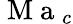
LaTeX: \mathrm{~M~a~}_{c}